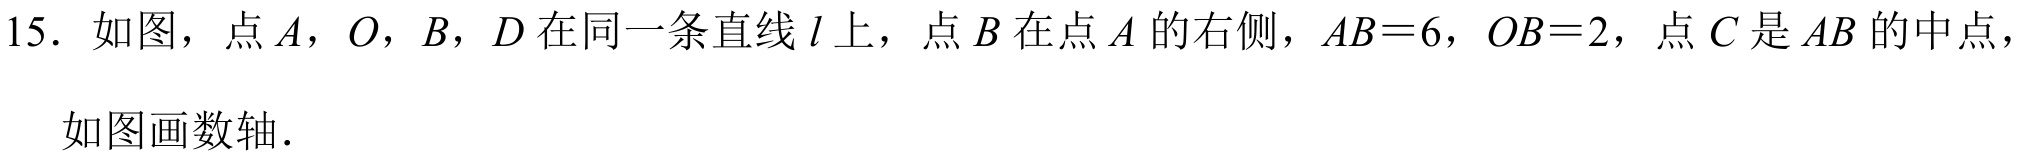
15. 如图，点$A$，$O$，$B$，$D$在同一条直线$l$上，点$B$在点$A$的右侧，$AB = 6$，$OB = 2$，点$C$是$AB$的中点，
如图画数轴.